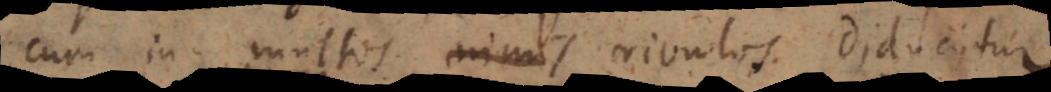
cum in multos nimis rivulos diducitur.